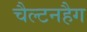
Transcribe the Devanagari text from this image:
चैल्टनहैग